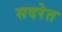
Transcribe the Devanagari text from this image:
सदरेत